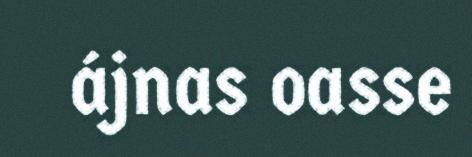
ájnas oasse